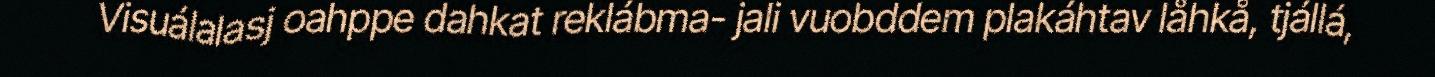
Visuálalasj oahppe dahkat reklábma- jali vuobddem plakáhtav låhkå, tjállá,